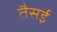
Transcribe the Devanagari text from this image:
तैसई